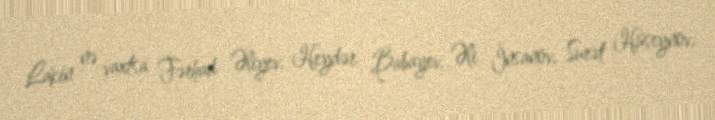
Lakin nə vaxtsa Fərhad Əliyev, Heydər Babayev, Əli İnsanov, Surət Hüseynov,